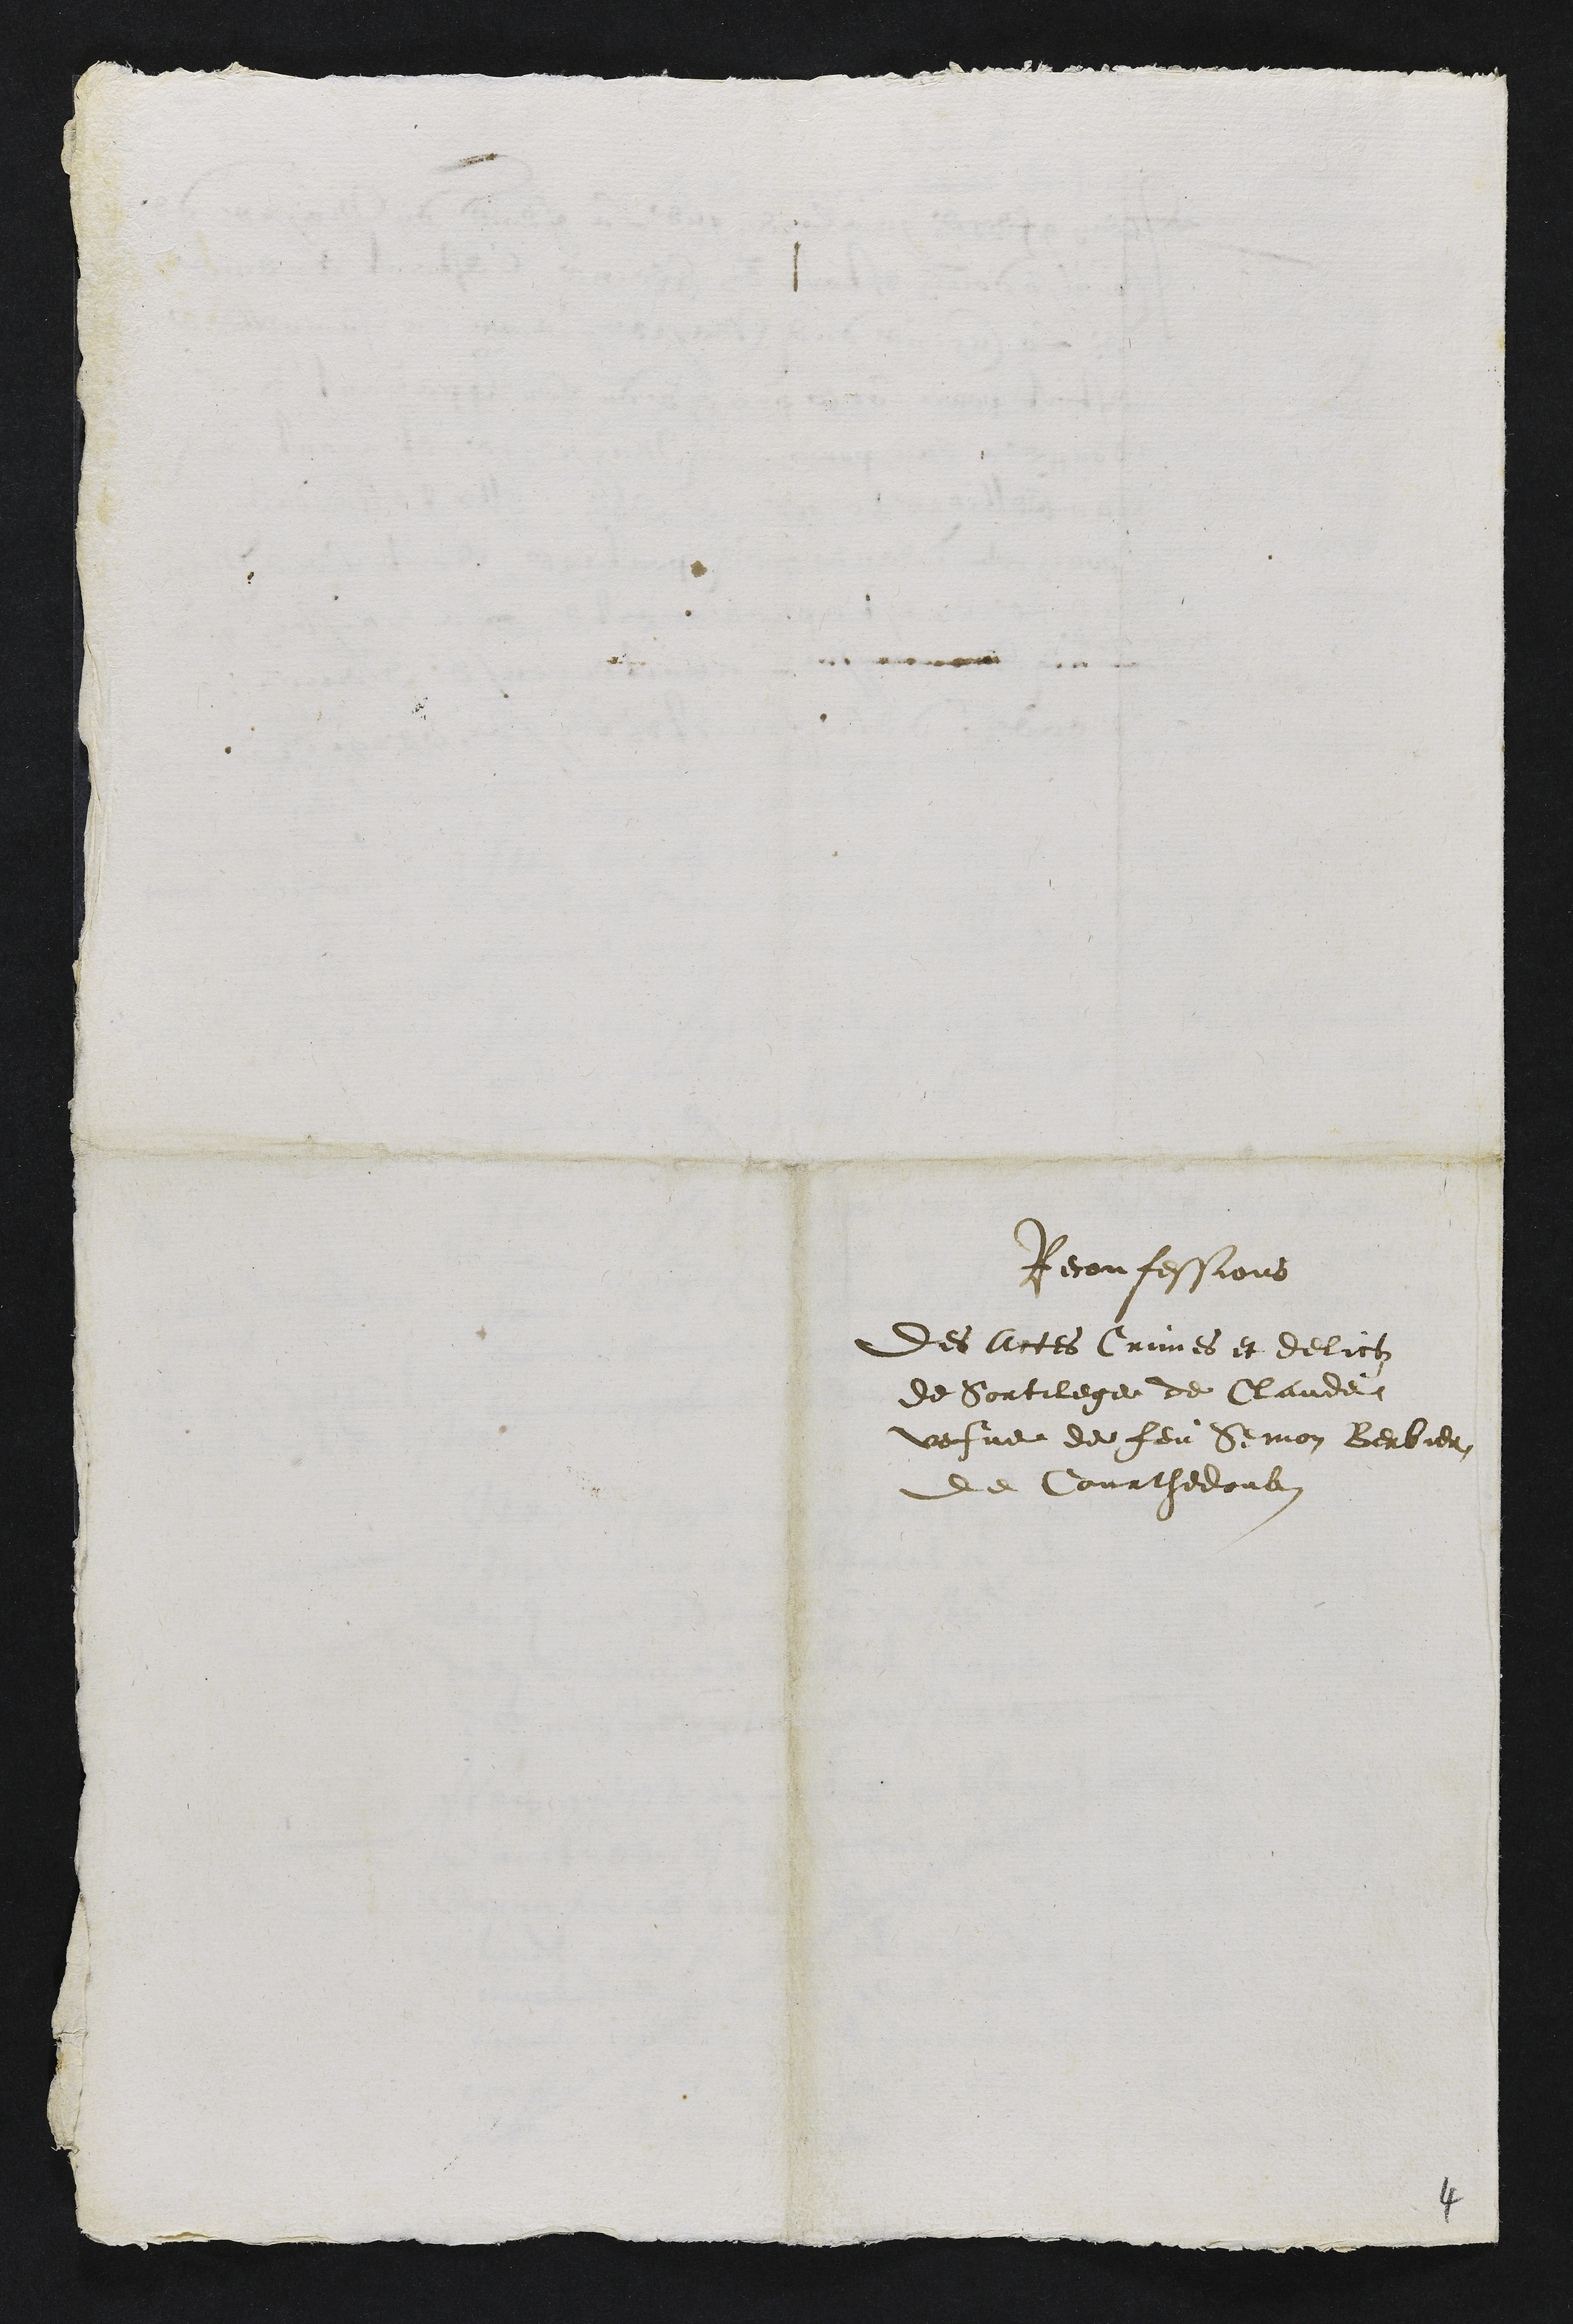
Reconfessions
des actes Crimes et delictz
de Sortilege de Claude
vefve de feu Semon Berbier
de Courthedoubs